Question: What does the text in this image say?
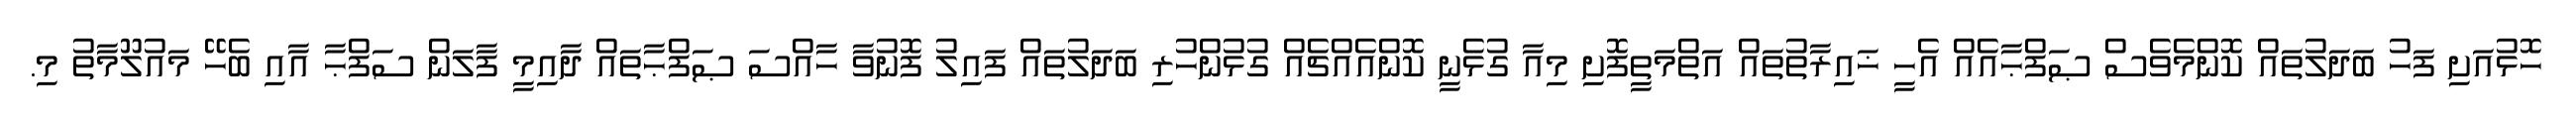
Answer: ހޮޅުއަށި ފަހު ބަދަލުތައް ކޮންމެވެސް ޞަފްޙާއެއް އެހީ ޚައިރާތުތައް އަތްމަތީފޮށި މިއާ ގުޅެނީ ކޮންއެއްޗެއް ގުޅުންހުރި ބަދަލުތައް ފައިލު ފޮނުވާ ހާއްސަ ޞަފްޙާތައް ދާއިމީ ފާލަން ސަފްޙާ އާއި ބެހޭ މައުލޫމާތު މި.